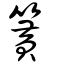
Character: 簧